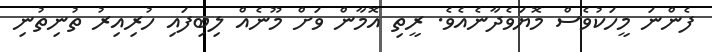
ފެންނަ މީހަކުވެސް މޮޔަވެދާނެއެވެ. ރީތި އޮމާން ވަށް މޫނެއް ލިބިފައި ހުރިއިރު ތުނިތުނި